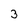
Character: 3